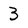
Character: 3